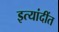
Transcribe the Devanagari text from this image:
इत्यांदींत